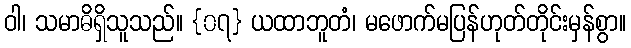
ဝါ၊ သမာဓိရှိသူသည်။ {၀၇} ယထာဘူတံ၊ မဖောက်မပြန်ဟုတ်တိုင်းမှန်စွာ။